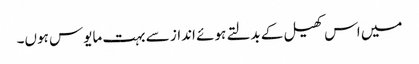
میں اس کھیل کے بدلتے ہوئے انداز سے بہت مایوس ہوں۔